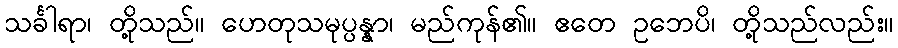
သင်္ခါရာ၊ တို့သည်။ ဟေတုသမုပ္ပန္နာ၊ မည်ကုန်၏။ ဧတေ ဥဘေပိ၊ တို့သည်လည်း။